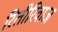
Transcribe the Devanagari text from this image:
रितीरिवाज